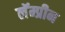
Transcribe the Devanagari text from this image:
लॅम्प्रीन